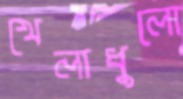
খেলাধুলো